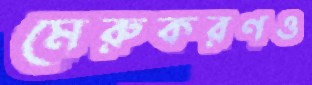
মেরুকরণও